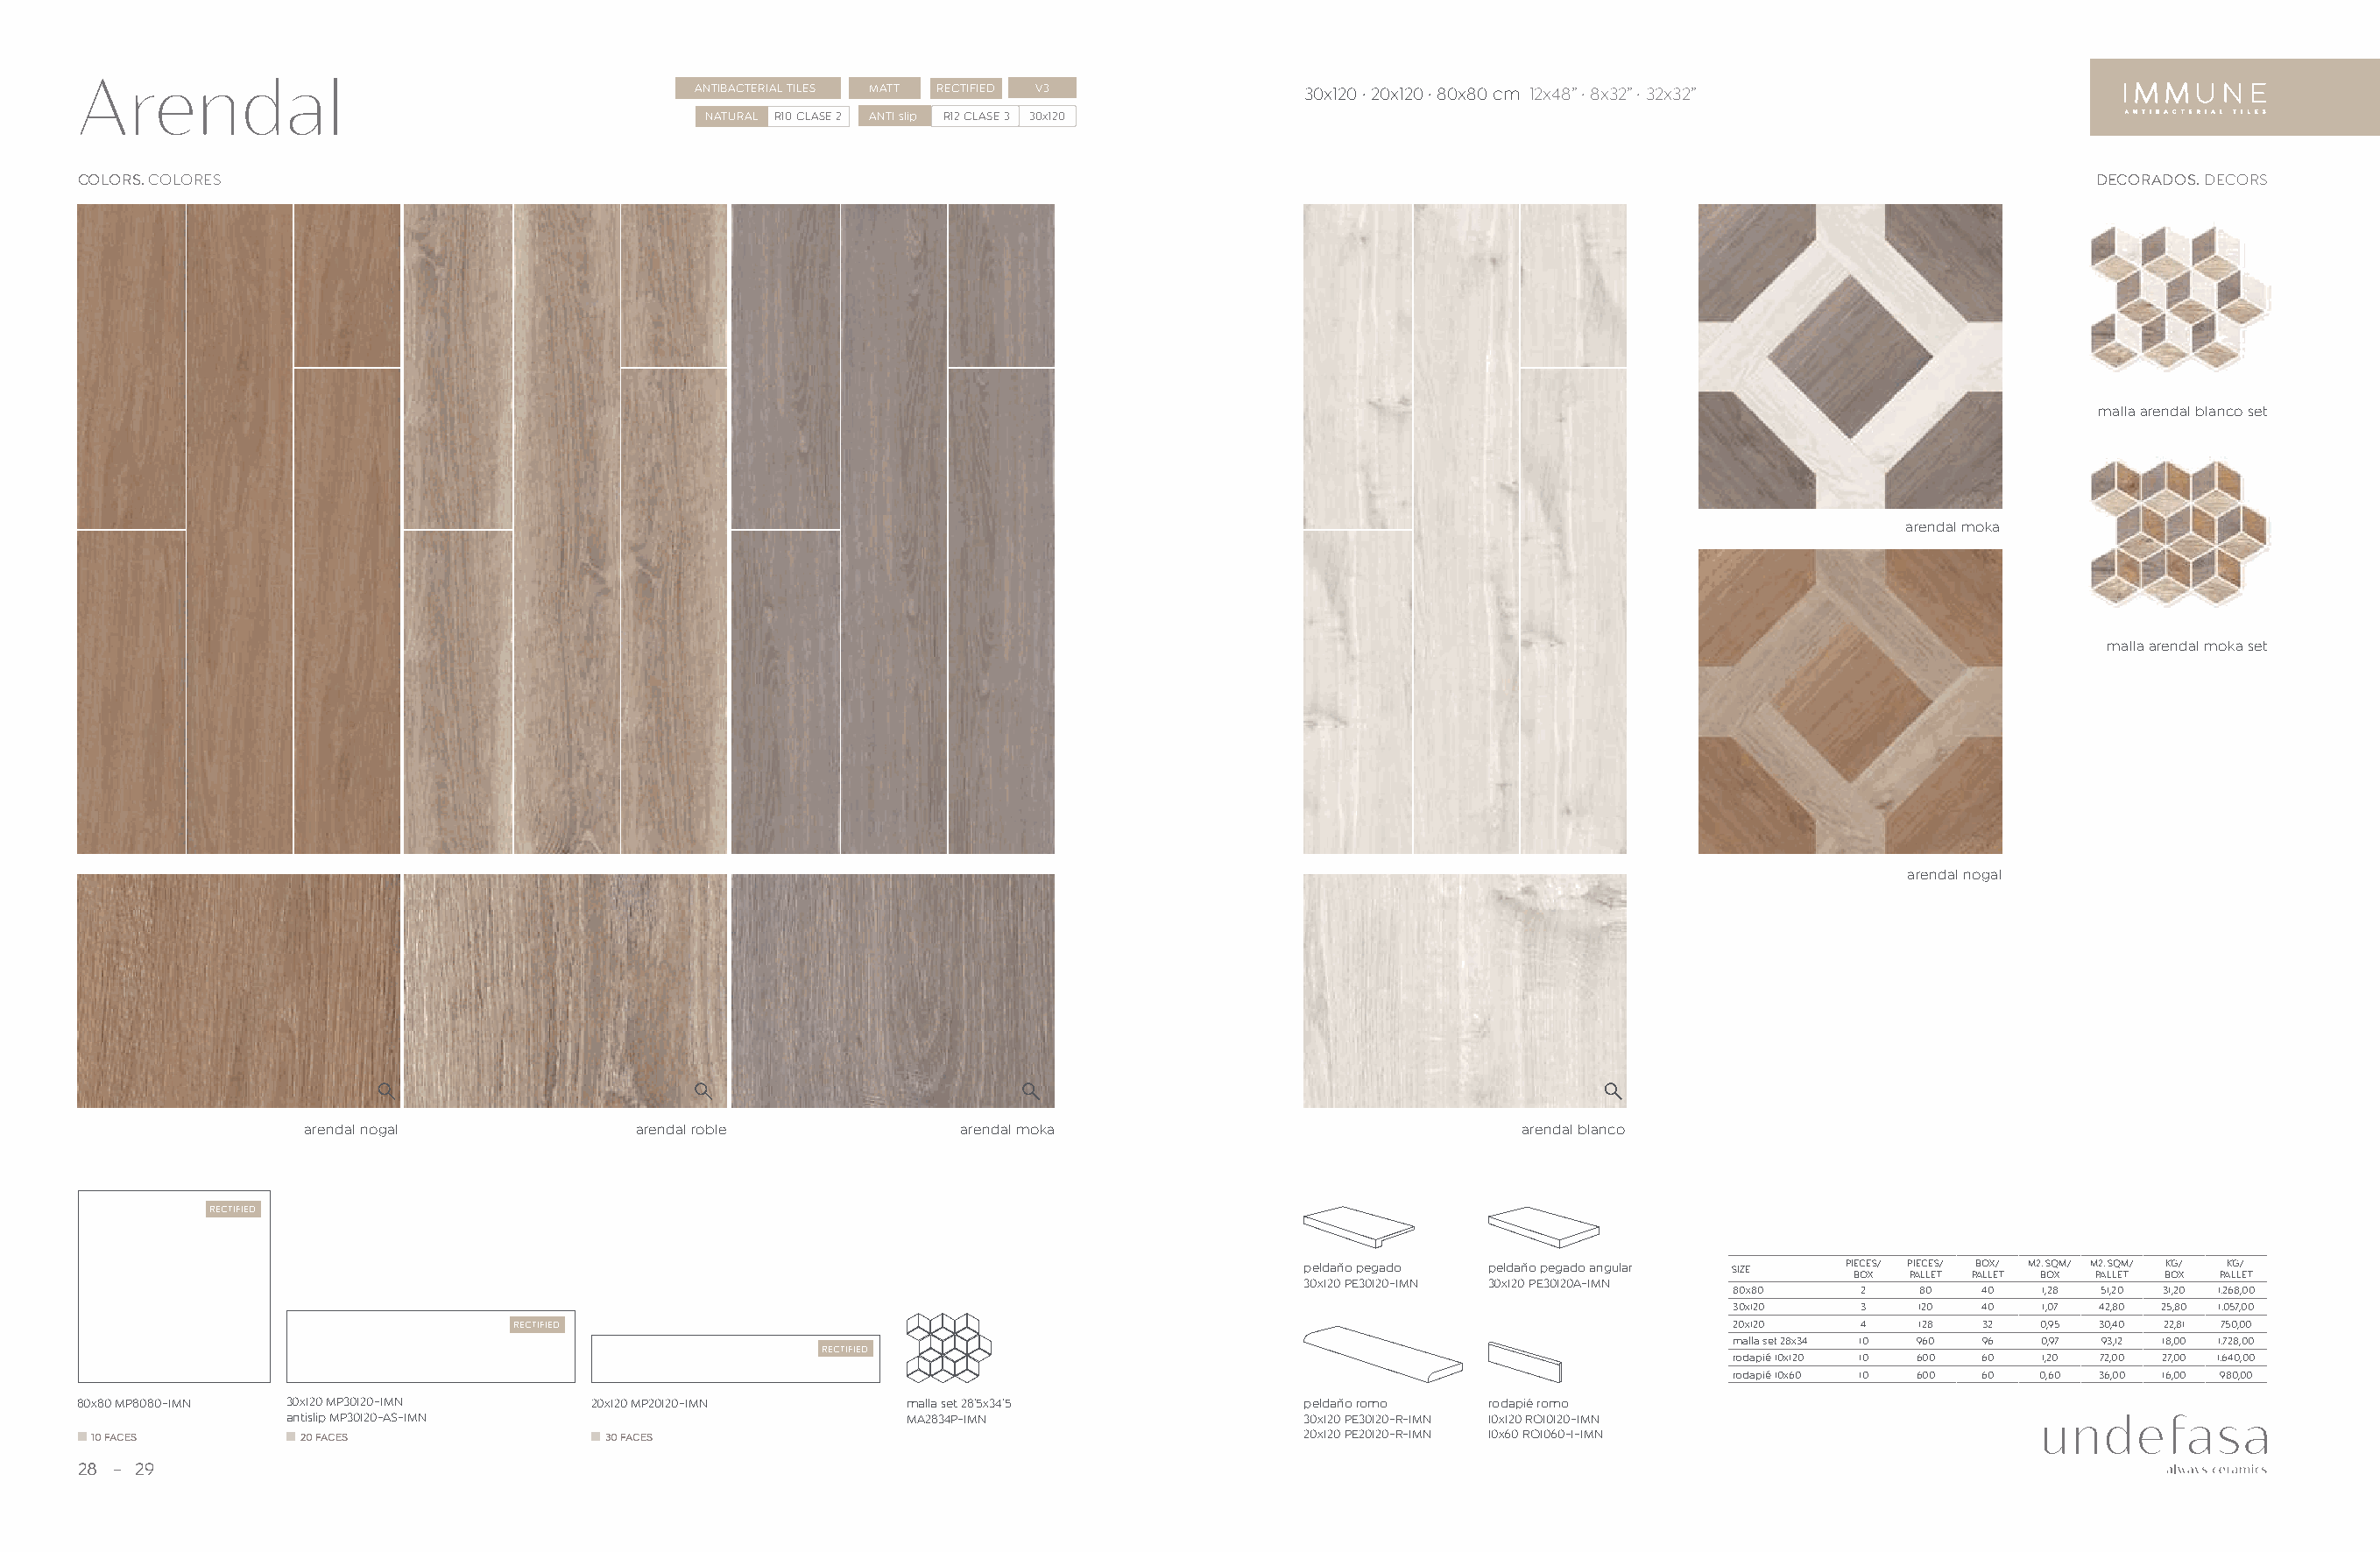
Arendal                                        ANTIBACTERIAL TILES MATT RECTIFIED V3         30x120 · 20x120 · 80x80 cm 12x48” · 8x32” · 32x32”
 NATURAL R10 CLASE 2 ANTI slip R12 CLASE 3 30x120
 COLORS. COLORES                                                                                                                                         DECORADOS. DECORS
 malla arendal blanco set
 arendal moka
 malla arendal moka set
 arendal nogal
 arendal nogal            arendal roble            arendal moka                              arendal blanco
 RECTIFIED
 peldaño pegado peldaño pegado angular SIZE PIE BC OE XS/ P PI AEC LLE ES T/ PB AO LLX E/ T M2 B. S OQ XM/ M P2 A. S LLQ EM T/ BK OG/ X PAK LG L/ ET
 30x120 PE30120-IMN 30x120 PE30120A-IMN
 80x80     2   80   40  1,28 51,20 31,20 1.268,00
 30x120    3   120  40  1,07 42,80 25,80 1.057,00
 RECTIFIED                                                                                   20x120    4   128  32  0,95 30,40 22,81 750,00
 malla set 28x34 10 960 96 0,97 93,12 18,00 1.728,00
 RECTIFIED
 rodapié 10x120 10 600 60 1,20 72,00 27,00 1.640,00
 rodapié 10x60 10 600 60 0,60 36,00 16,00 980,00
 80x80 MP8080-IMN 30x120 MP30120-IMN    20x120 MP20120-IMN      malla set 28’5x34’5           peldaño romo rodapié romo
 antislip MP30120-AS-IMN                        MA2834P-IMN                   30x120 PE30120-R-IMN 10x120 RO10120-IMN
 10 FACES        20 FACES               30 FACES                                             20x120 PE20120-R-IMN 10x60 RO1060-1-IMN
 28  29